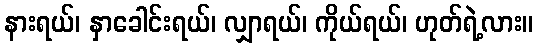
နားရယ်၊ နှာခေါင်းရယ်၊ လျှာရယ်၊ ကိုယ်ရယ်၊ ဟုတ်ရဲ့လား။